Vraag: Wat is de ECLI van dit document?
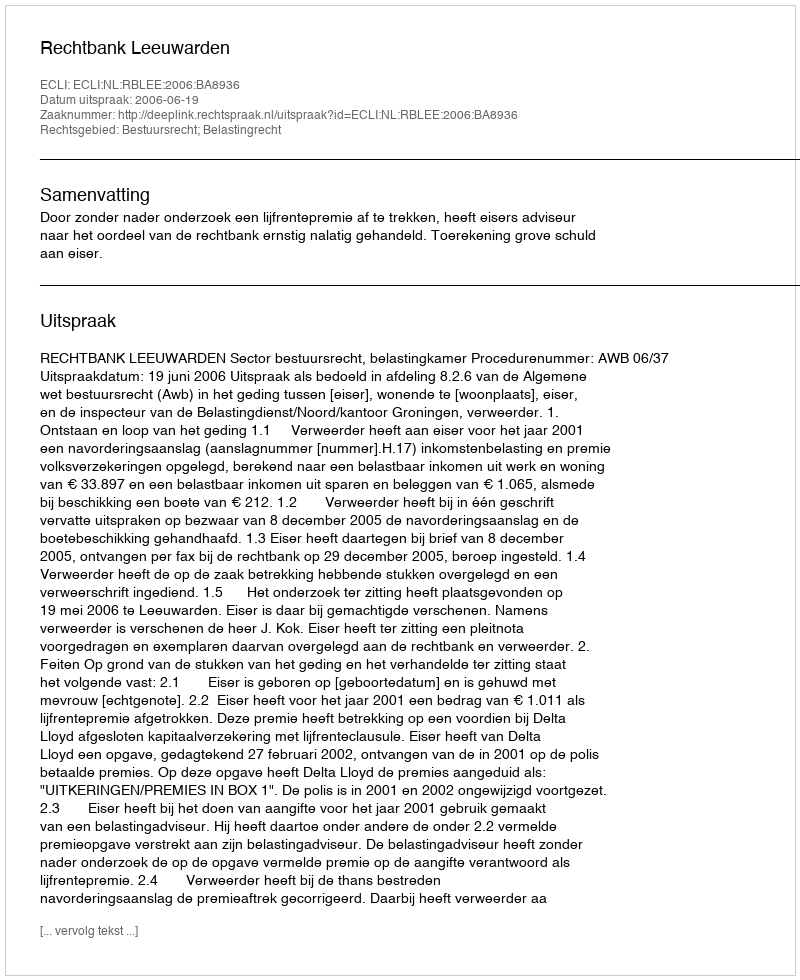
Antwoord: ECLI:NL:RBLEE:2006:BA8936